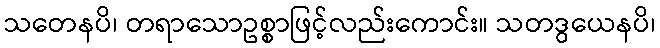
သတေနပိ၊ တရာသောဥစ္စာဖြင့်လည်းကောင်း။ သတဒွယေနပိ၊